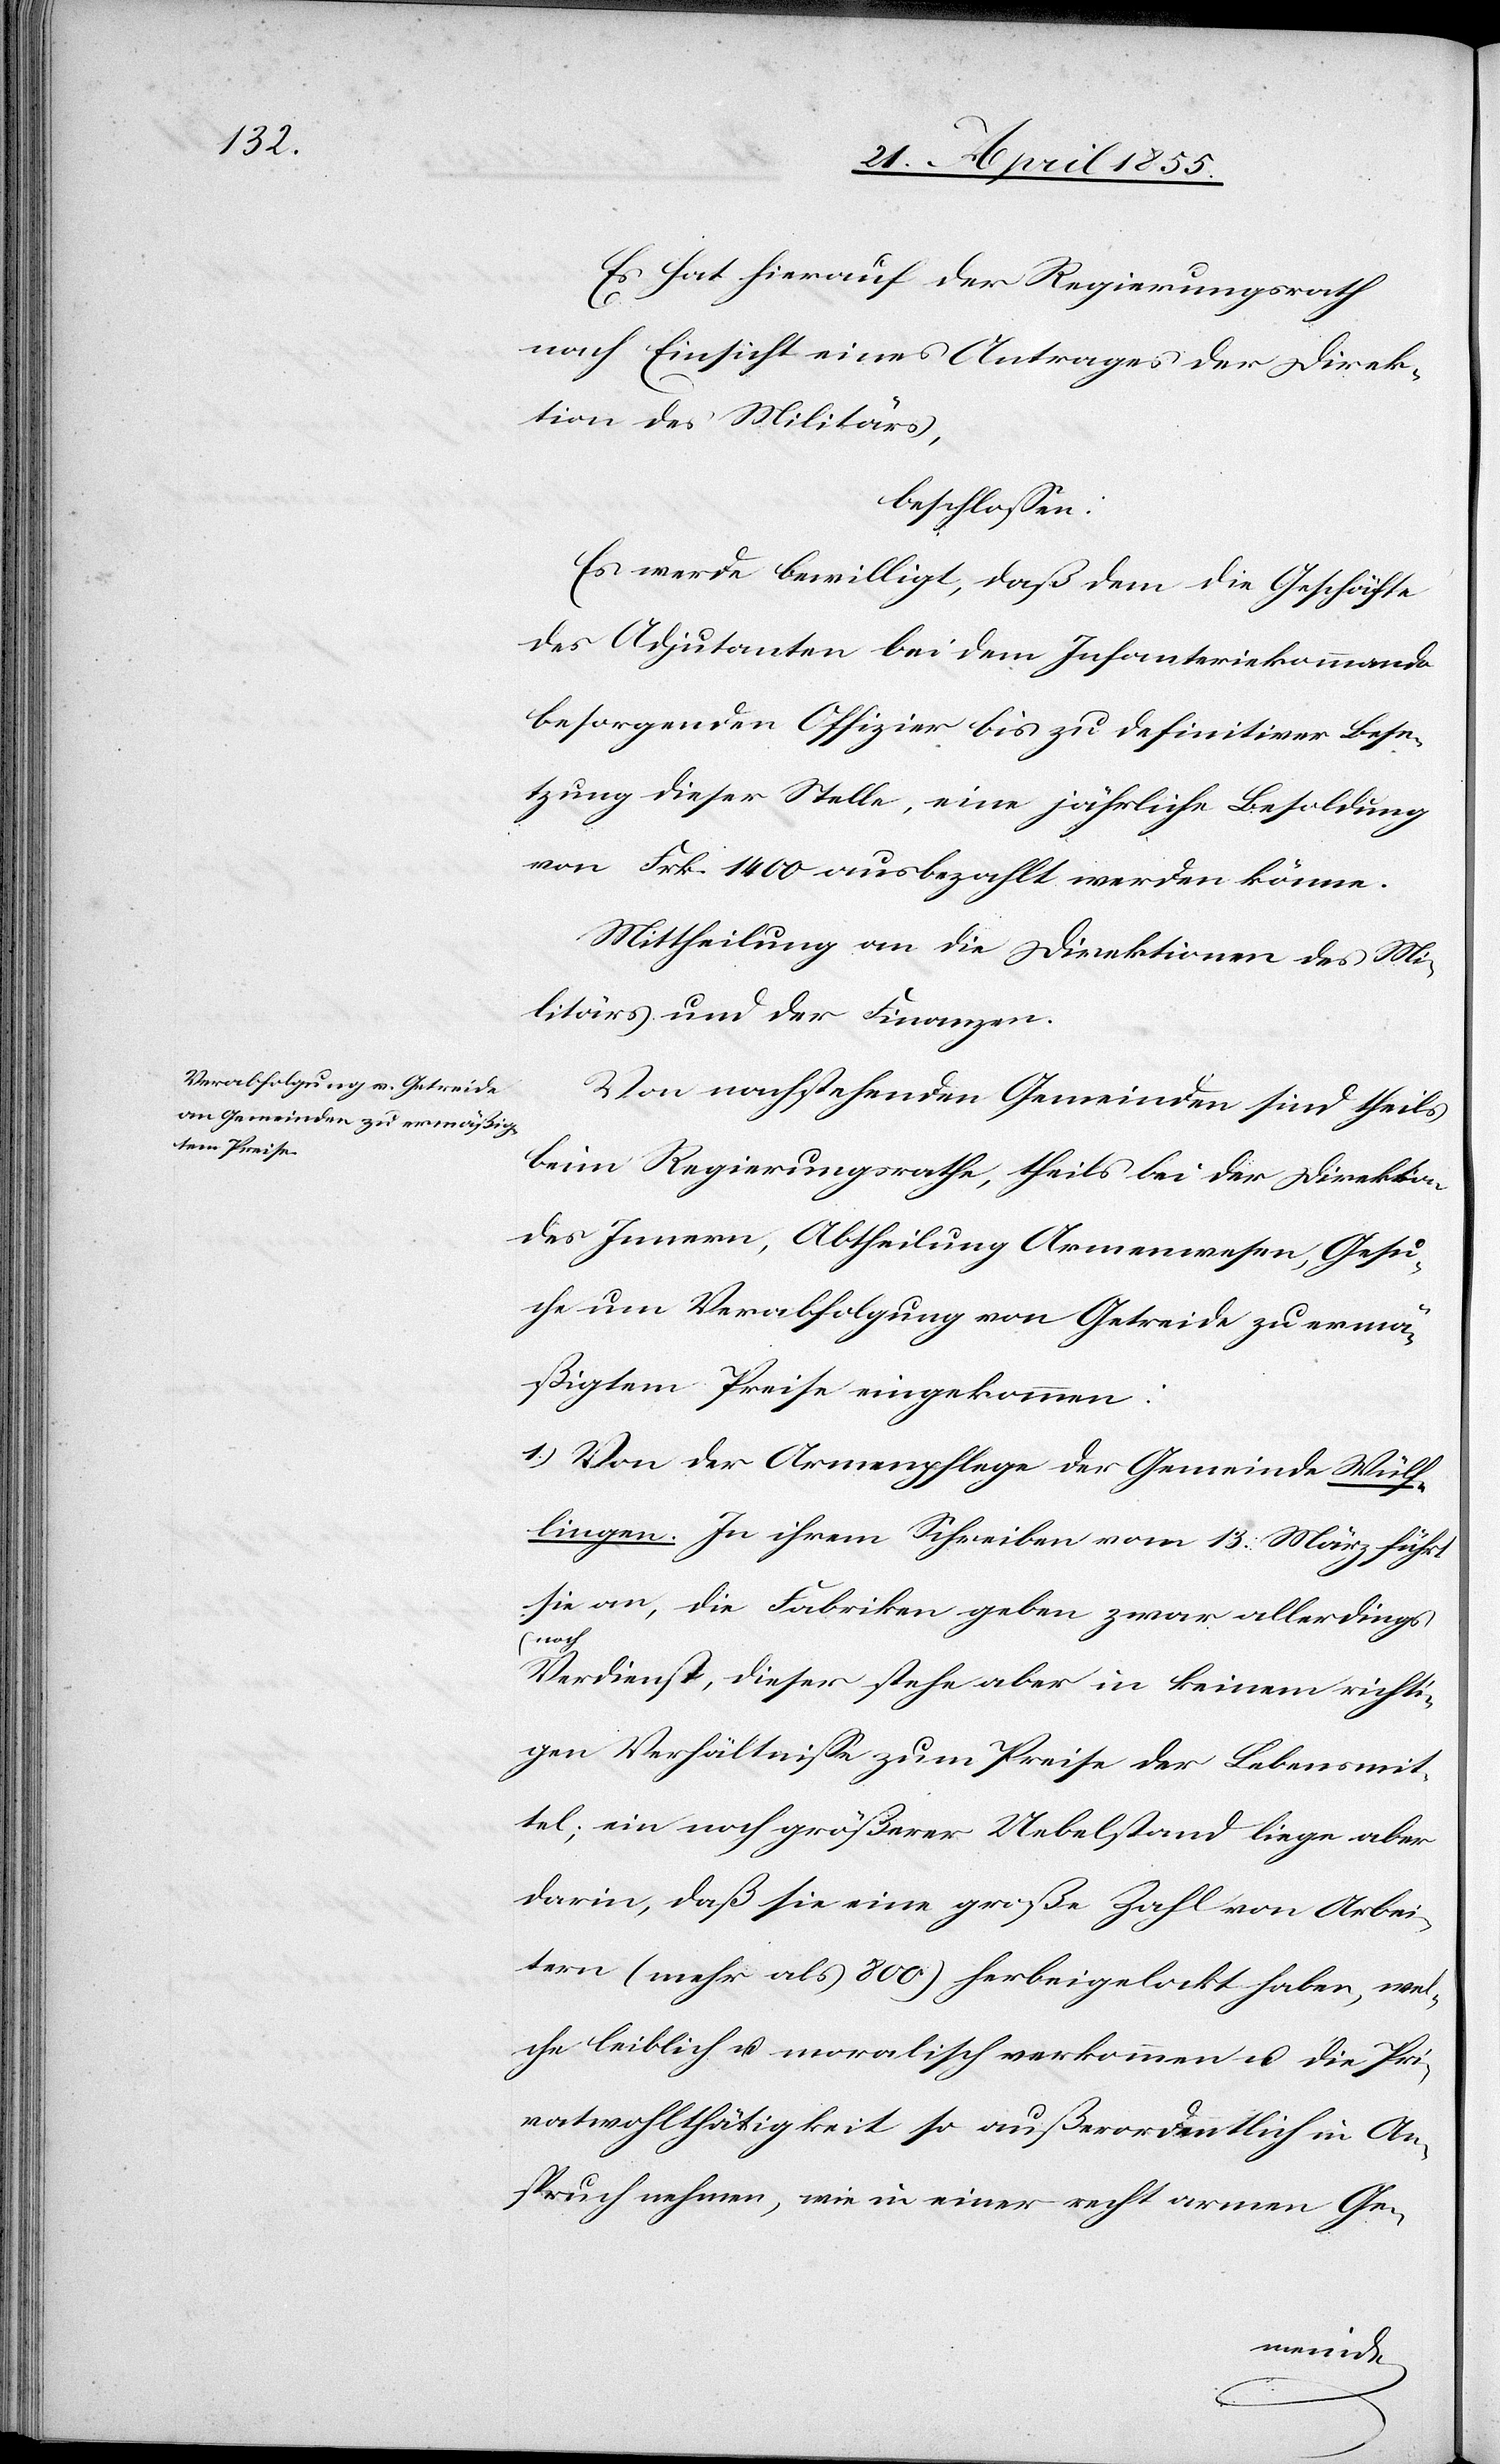
Es hat hierauf der Regierungsrath
nach Einsicht eines Antrages der Direk¬
tion des Militärs,
beschlossen:
Es werde bewilligt, daß dem die Geschäfte
des Adjutanten bei dem Infanteriekommando
besorgenden Offizier bis zu definitiver Bese¬
tzung dieser Stelle, eine jährliche Besoldung
von Frk. 1400 ausbezahlt werden könne.
Mittheilung an die Direktionen des Mi¬
litärs und der Finanzen.
Von nachstehenden Gemeinden sind theils
beim Regierungsrathe, theils bei der Direktion
des Innern, Abtheilung Armenwesen, Gesu¬
che um Verabfolgung von Getreide zu ermä¬
ßigtem Preise eingekommen:
1.) Von der Armenpflege der Gemeinde Wülf¬
lingen. In ihrem Schreiben vom 13. März führt
sie an, die Fabriken geben zwar allerdings
noch
Verdienst, dieser stehe aber in keinem richti¬
gen Verhältnisse zum Preise der Lebensmit¬
tel; ein noch größerer Uebelstand liege aber
darin, daß sie eine große Zahl von Arbei¬
tern (mehr als 800) herbeigelockt haben, wel¬
che leiblich u. moralisch verkommen u. die Pri¬
vatwohlthätigkeit so außerordentlich in An¬
spruch nehmen, wie in einer recht armen Ge-